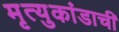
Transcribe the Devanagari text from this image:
मृत्युकांडाची